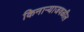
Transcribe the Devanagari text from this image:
किनाऱ्‍याजवळील